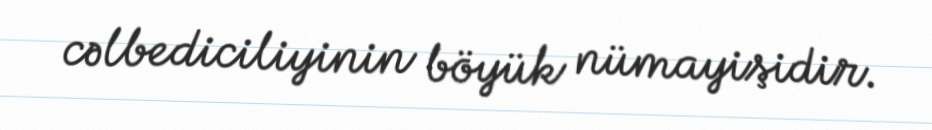
cəlbediciliyinin böyük nümayişidir.